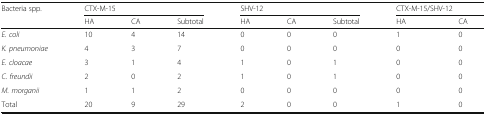
<table><thead><tr><td rowspan="2"><b>Bacteria spp.</b></td><td colspan="3"><b>CTX-M-15</b></td><td colspan="3"><b>SHV-12</b></td><td colspan="2"><b>CTX-M-15/SHV-12</b></td></tr><tr><td><b>HA</b></td><td><b>CA</b></td><td><b>Subtotal</b></td><td><b>HA</b></td><td><b>CA</b></td><td><b>Subtotal</b></td><td><b>HA</b></td><td><b>CA</b></td></tr></thead><tbody><tr><td><i>E. coli</i></td><td>10</td><td>4</td><td>14</td><td>0</td><td>0</td><td>0</td><td>1</td><td>0</td></tr><tr><td><i>K. pneumoniae</i></td><td>4</td><td>3</td><td>7</td><td>0</td><td>0</td><td>0</td><td>0</td><td>0</td></tr><tr><td><i>E. cloacae</i></td><td>3</td><td>1</td><td>4</td><td>1</td><td>0</td><td>1</td><td>0</td><td>0</td></tr><tr><td><i>C. freundii</i></td><td>2</td><td>0</td><td>2</td><td>1</td><td>0</td><td>1</td><td>0</td><td>0</td></tr><tr><td><i>M. morganii</i></td><td>1</td><td>1</td><td>2</td><td>0</td><td>0</td><td>0</td><td>0</td><td>0</td></tr><tr><td>Total</td><td>20</td><td>9</td><td>29</td><td>2</td><td>0</td><td>0</td><td>1</td><td>0</td></tr></tbody></table>